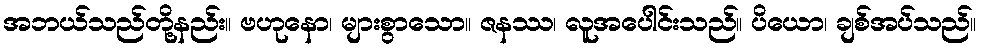
အဘယ်သည်တို့နည်း။ ဗဟုနော၊ များစွာသော။ ဇနဿ၊ လူအပေါင်းသည်။ ပိယော၊ ချစ်အပ်သည်။